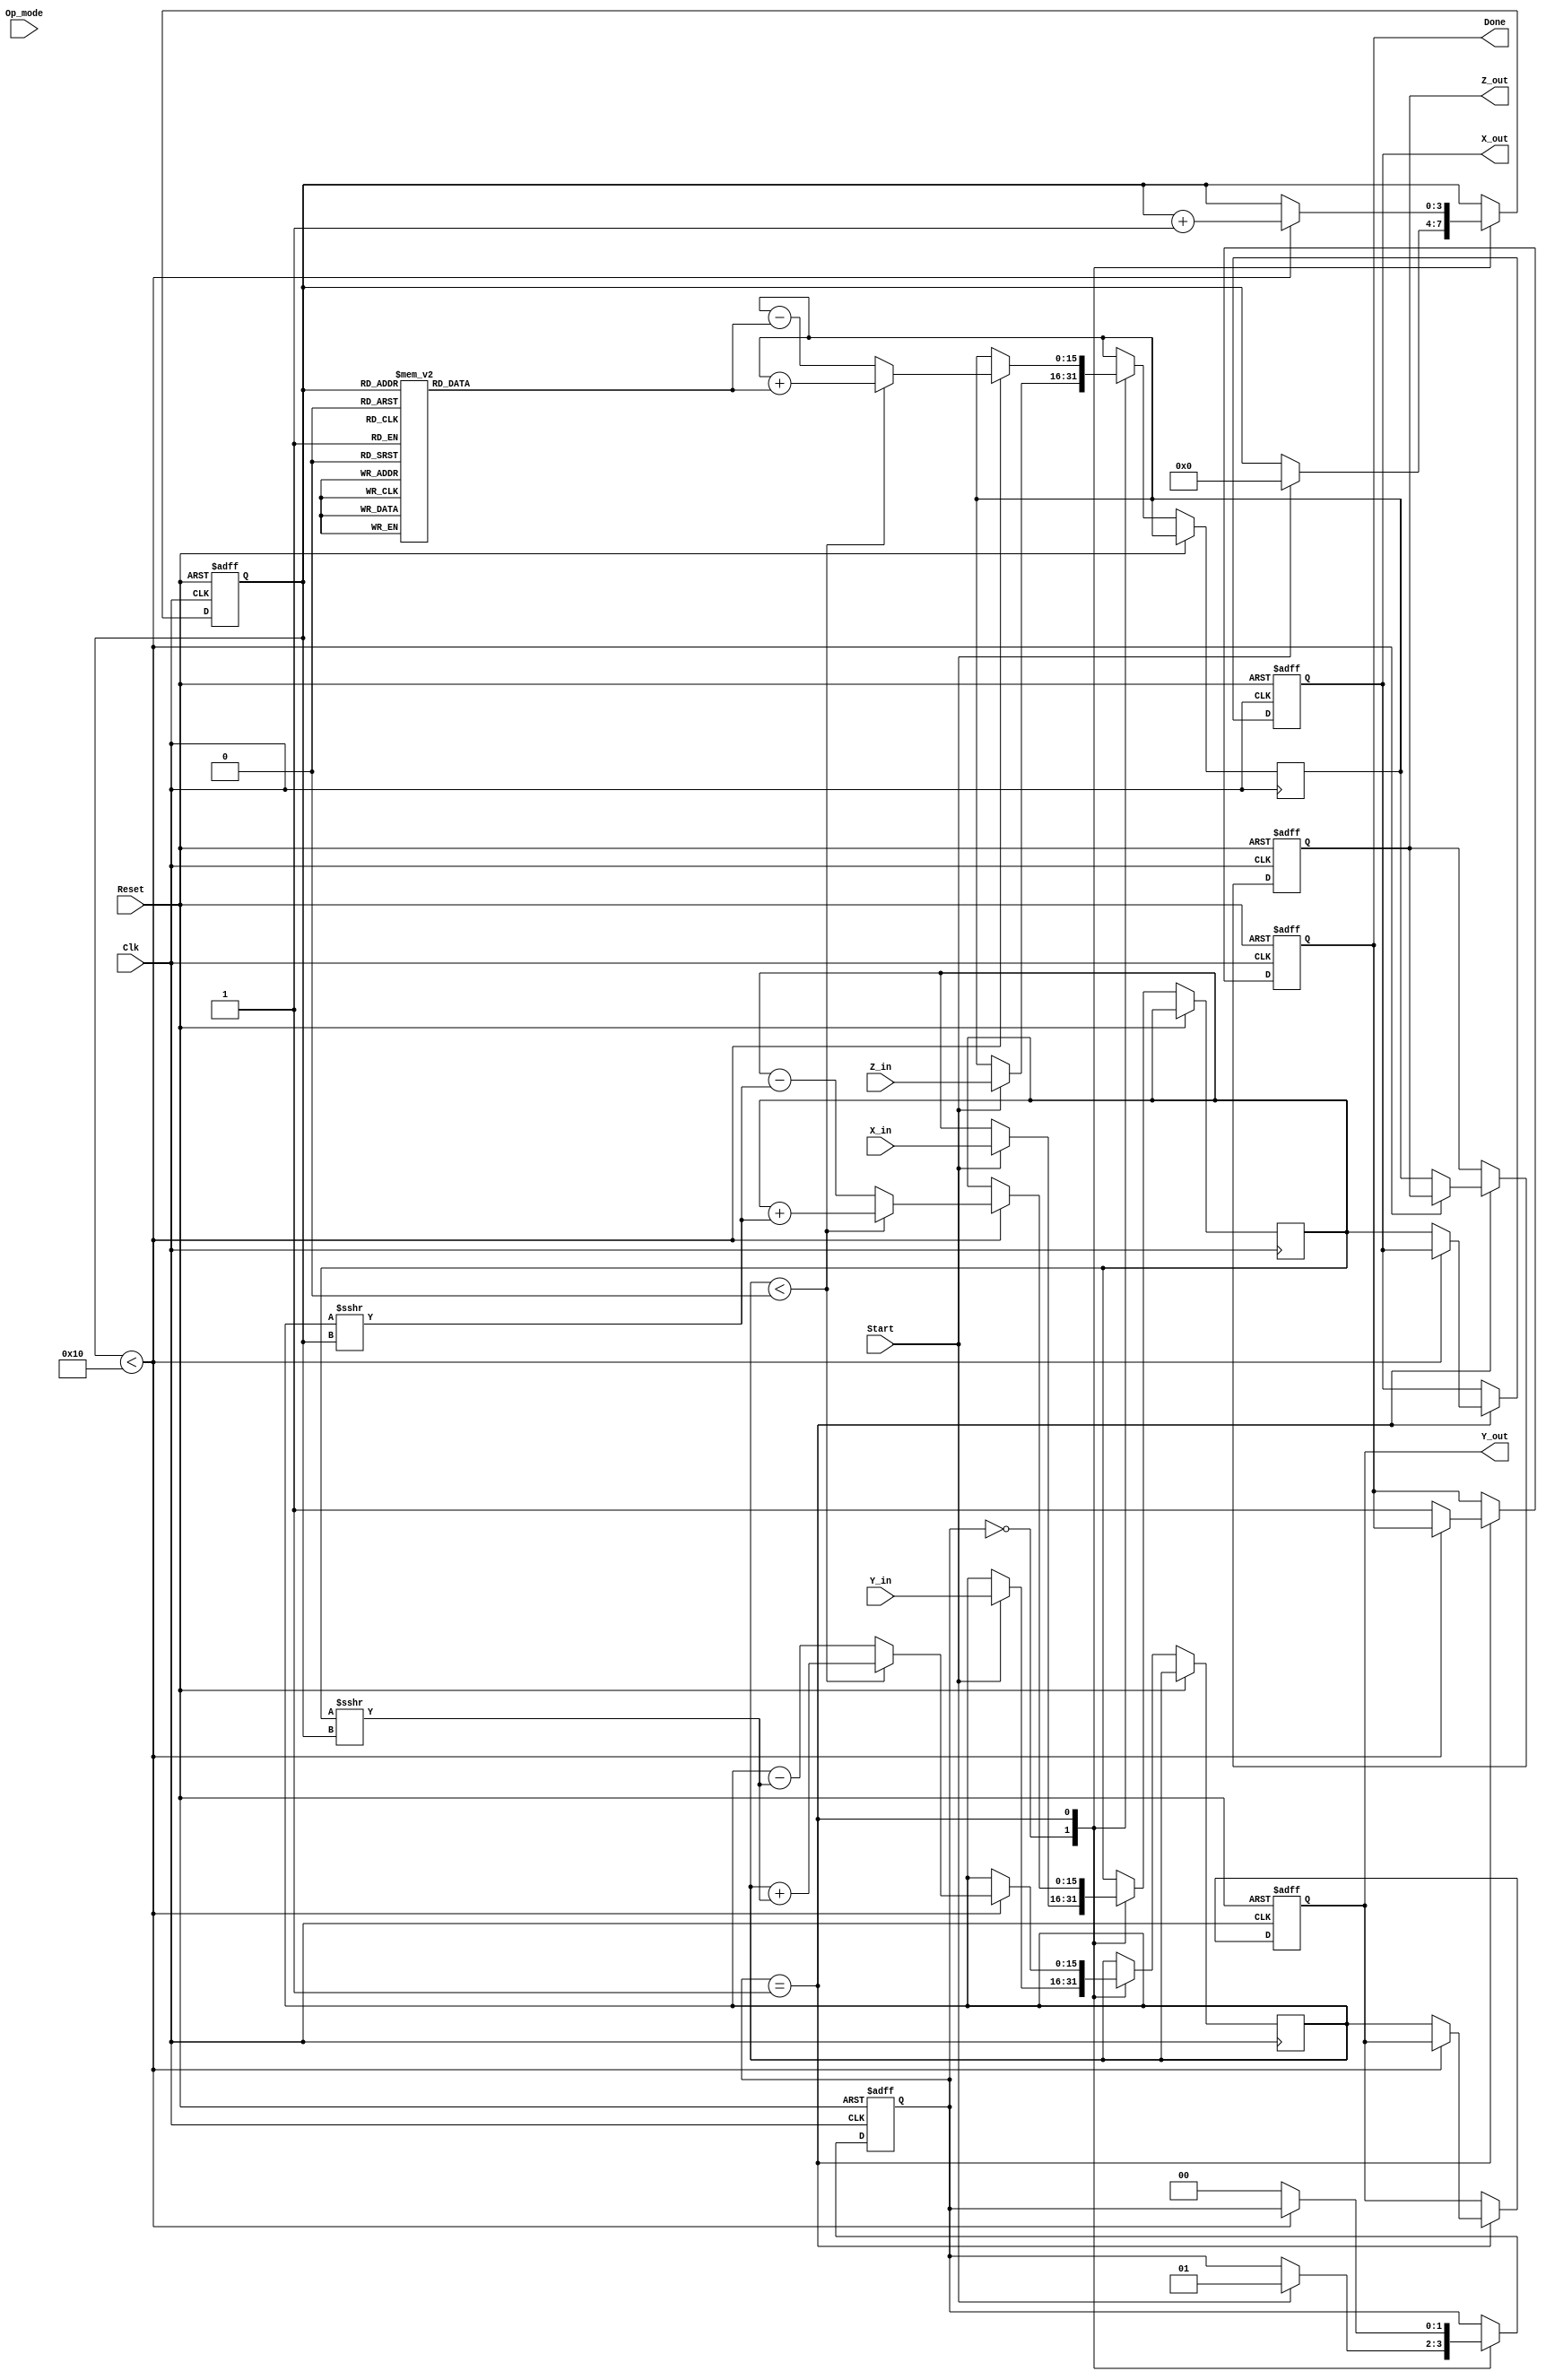
module Unified_CORDIC (
    input wire signed [15:0] X_in,      // Input vector X
    input wire signed [15:0] Y_in,      // Input vector Y
    input wire signed [15:0] Z_in,      // Input angle or phase
    input wire [1:0] Op_mode,           // Operation mode selector
    input wire Start,                    // Start signal
    input wire Clk,                      // Clock signal
    input wire Reset,                    // Reset signal
    output reg signed [15:0] X_out,     // Output vector X
    output reg signed [15:0] Y_out,     // Output vector Y
    output reg signed [15:0] Z_out,     // Output angle or phase
    output reg Done                      // Completion signal
);

    // Parameters
    parameter NUM_ITERATIONS = 16;      // Number of CORDIC iterations
    parameter ANGLE_TABLE_SIZE = 16;    // Size of angle table

    // Internal signals
    reg signed [15:0] x_reg, y_reg, z_reg;
    reg [3:0] iteration_count;
    reg [1:0] state;                     // State machine
    reg [15:0] angle_table [0:ANGLE_TABLE_SIZE-1]; // Angle table

    // Initialize angle table (in radians)
    initial begin
        angle_table[0] = 16'h26DD; // atan(2^-0)
        angle_table[1] = 16'h1C71; // atan(2^-1)
        angle_table[2] = 16'h16C9; // atan(2^-2)
        angle_table[3] = 16'h0D8A; // atan(2^-3)
        angle_table[4] = 16'h0A3D; // atan(2^-4)
        angle_table[5] = 16'h0519; // atan(2^-5)
        angle_table[6] = 16'h028B; // atan(2^-6)
        angle_table[7] = 16'h0143; // atan(2^-7)
        angle_table[8] = 16'h00A2; // atan(2^-8)
        angle_table[9] = 16'h0051; // atan(2^-9)
        angle_table[10] = 16'h0028; // atan(2^-10)
        angle_table[11] = 16'h0014; // atan(2^-11)
        angle_table[12] = 16'h000A; // atan(2^-12)
        angle_table[13] = 16'h0005; // atan(2^-13)
        angle_table[14] = 16'h0002; // atan(2^-14)
        angle_table[15] = 16'h0001; // atan(2^-15)
    end

    // State machine
    always @(posedge Clk or posedge Reset) begin
        if (Reset) begin
            state <= 2'b00; // Reset state
            Done <= 1'b0;
            iteration_count <= 0;
            X_out <= 0;
            Y_out <= 0;
            Z_out <= 0;
        end else begin
            case (state)
                2'b00: begin // Idle state
                    if (Start) begin
                        x_reg <= X_in;
                        y_reg <= Y_in;
                        z_reg <= Z_in;
                        iteration_count <= 0;
                        state <= 2'b01; // Move to computation state
                    end
                end
                2'b01: begin // Computation state
                    if (iteration_count < NUM_ITERATIONS) begin
                        // CORDIC rotation logic
                        if (y_reg < 0) begin
                            x_reg <= x_reg + (y_reg >>> iteration_count);
                            y_reg <= y_reg + (x_reg >>> iteration_count);
                            z_reg <= z_reg + angle_table[iteration_count];
                        end else begin
                            x_reg <= x_reg - (y_reg >>> iteration_count);
                            y_reg <= y_reg - (x_reg >>> iteration_count);
                            z_reg <= z_reg - angle_table[iteration_count];
                        end
                        iteration_count <= iteration_count + 1;
                    end else begin
                        X_out <= x_reg;
                        Y_out <= y_reg;
                        Z_out <= z_reg;
                        Done <= 1'b1; // Operation complete
                        state <= 2'b00; // Return to idle state
                    end
                end
            endcase
        end
    end

endmodule